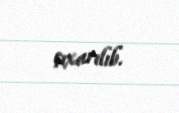
çıxarılıb.